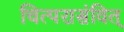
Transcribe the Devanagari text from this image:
चित्परासंवित्